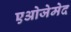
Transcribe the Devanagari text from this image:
एओजेमेद